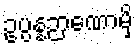
ဥပ္ပန္နဉာဏောမှိ